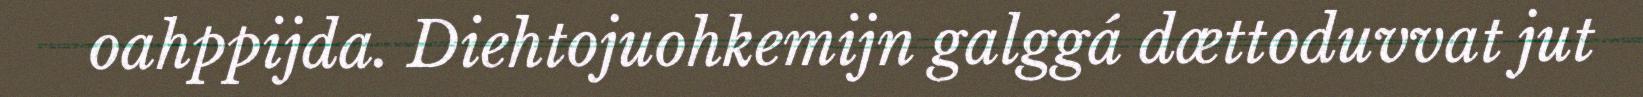
oahppijda. Diehtojuohkemijn galggá dættoduvvat jut